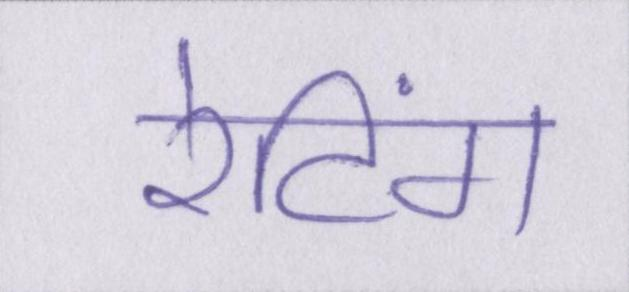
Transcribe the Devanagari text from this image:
रेटिंग